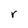
Character: r